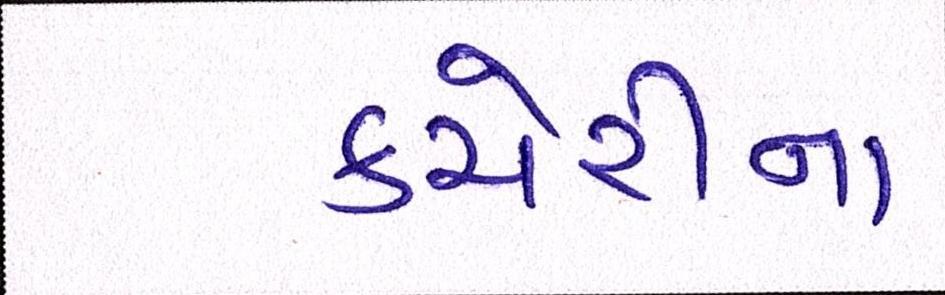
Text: કચેરીના